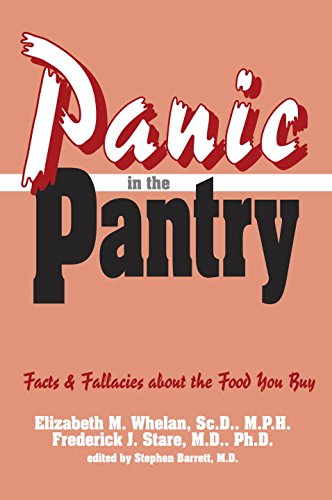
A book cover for Panic in the Pantry (Consumer Health Library); Elizabeth Whelan; Health, Fitness & Dieting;